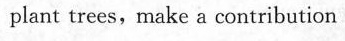
plant trees,make a contribution